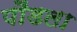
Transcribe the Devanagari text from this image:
पौंडला